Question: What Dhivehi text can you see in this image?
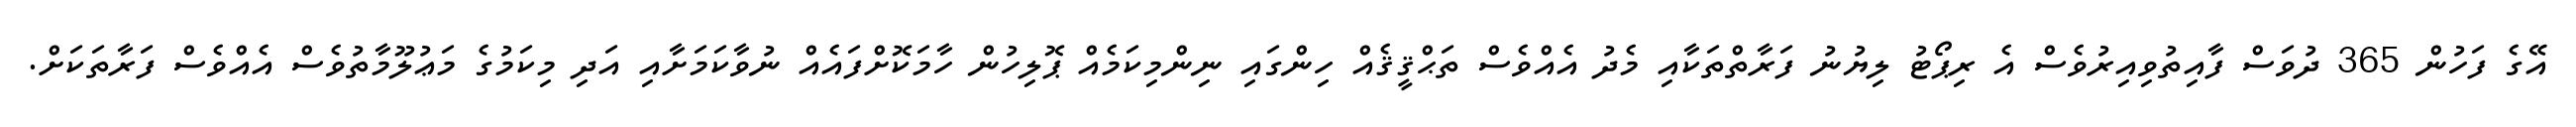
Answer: އޭގެ ފަހުން 365 ދުވަސް ފާއިތުވިއިރުވެސް އެ ރިޕޯޓު ލިޔުނު ފަރާތްތަކާއި މެދު އެއްވެސް ތަޙްޤީޤެއް ހިންގައި ނިންމިކަމެއް ޕޮލިހުން ހާމަކޮށްފައެއް ނުވާކަމަށާއި އަދި މިކަމުގެ މަޢުލޫމާތުވެސް އެއްވެސް ފަރާތަކަށް.